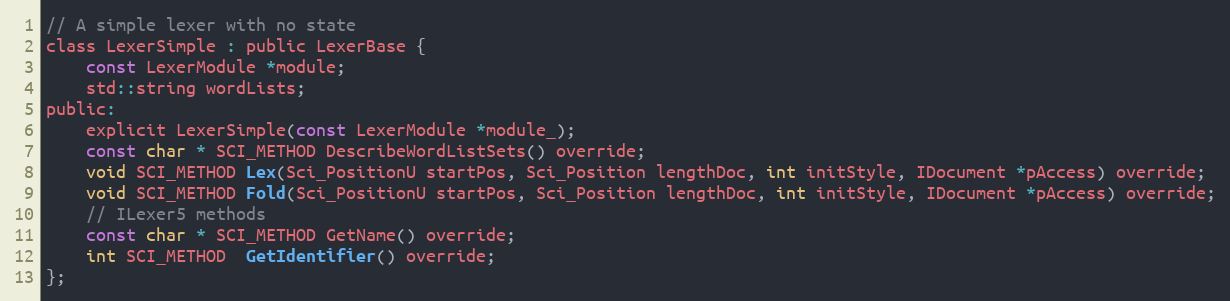
Language: C
// A simple lexer with no state
class LexerSimple : public LexerBase {
	const LexerModule *module;
	std::string wordLists;
public:
	explicit LexerSimple(const LexerModule *module_);
	const char * SCI_METHOD DescribeWordListSets() override;
	void SCI_METHOD Lex(Sci_PositionU startPos, Sci_Position lengthDoc, int initStyle, IDocument *pAccess) override;
	void SCI_METHOD Fold(Sci_PositionU startPos, Sci_Position lengthDoc, int initStyle, IDocument *pAccess) override;
	// ILexer5 methods
	const char * SCI_METHOD GetName() override;
	int SCI_METHOD  GetIdentifier() override;
};